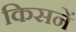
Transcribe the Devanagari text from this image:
किसनें